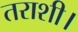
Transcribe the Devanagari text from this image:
तराशी।